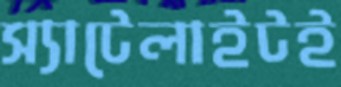
স্যাটেলাইটই